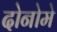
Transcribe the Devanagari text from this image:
दोनोमे